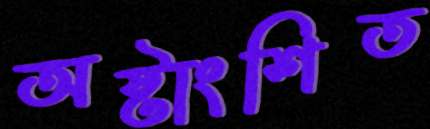
অষ্টাংশিত